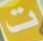
ت